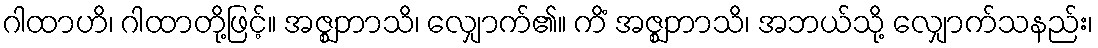
ဂါထာဟိ၊ ဂါထာတို့ဖြင့်။ အဇ္ဈဘာသိ၊ လျှောက်၏။ ကိံ အဇ္ဈဘာသိ၊ အဘယ်သို့ လျှောက်သနည်း၊